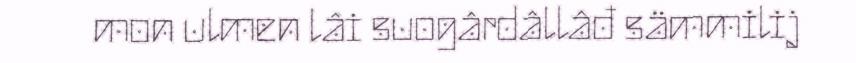
mon ulmen lâi suogârdâllâđ sämmilij